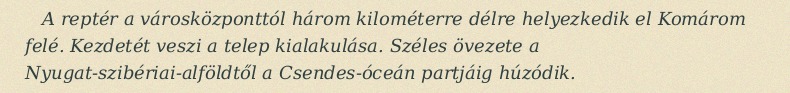
A reptér a városközponttól három kilométerre délre helyezkedik el Komárom felé. Kezdetét veszi a telep kialakulása. Széles övezete a Nyugat-szibériai-alföldtől a Csendes-óceán partjáig húzódik.